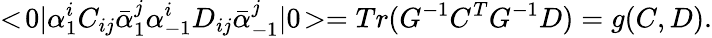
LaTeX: <\! 0|\alpha_{1}^{i}C_{ij}\bar{\alpha}_{1}^{j}\alpha_{-1}^{i}D_{ij}\bar{\alpha}_{-1}^{j}|0\! >=Tr(G^{-1}C^{T}G^{-1}D)=g(C,D).